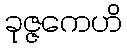
ခုဇ္ဇကေဟိ